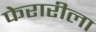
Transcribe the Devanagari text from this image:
फेरारीला